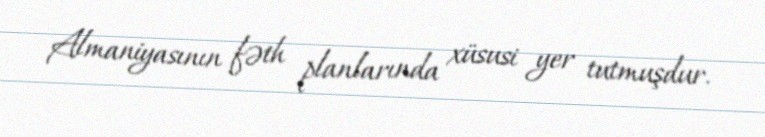
Almaniyasının fəth planlarında xüsusi yer tutmuşdur.